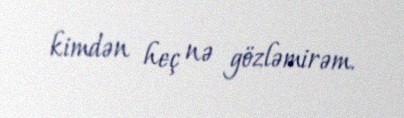
kimdən heç nə gözləmirəm.